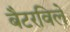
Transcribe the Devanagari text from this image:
बैटरविले